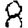
Digit: 8